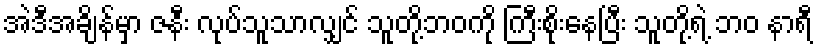
အဲဒီအချိန်မှာ ဇနီး လုပ်သူသာလျှင် သူတို့ဘဝကို ကြီးစိုးနေပြီး သူတို့ရဲ့ ဘဝ နာရီ